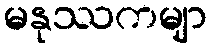
မနုဿကမျာ